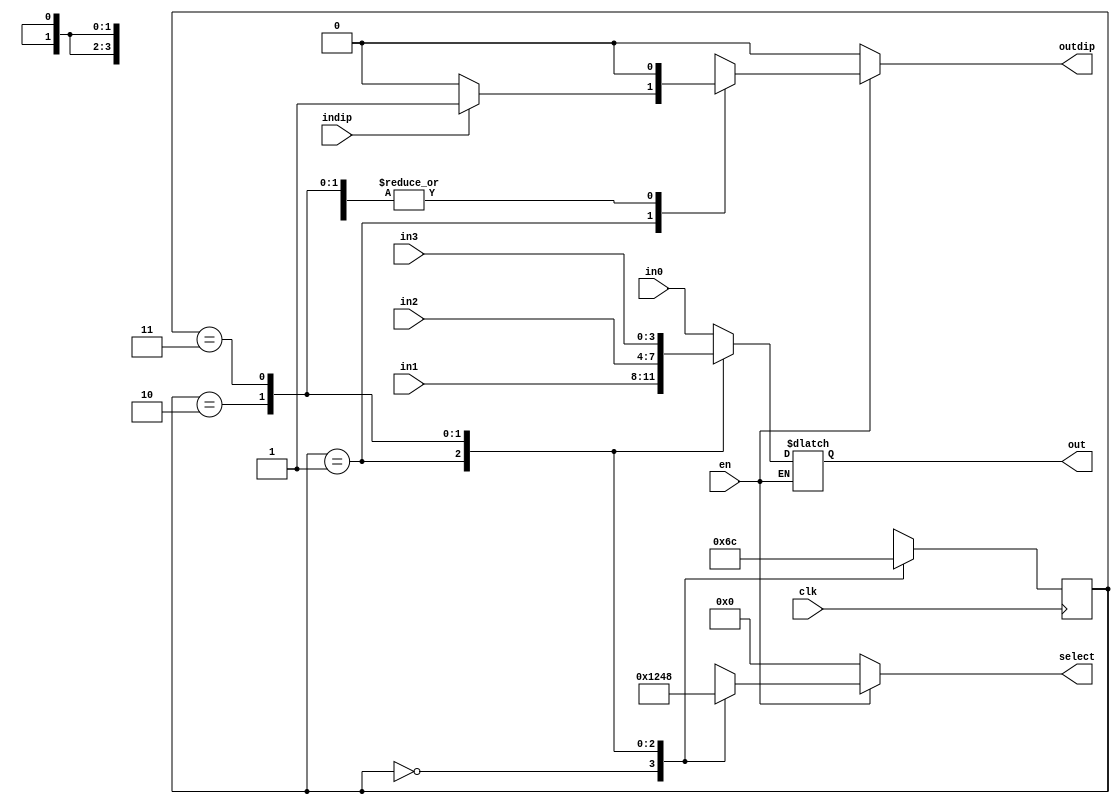
module DispScan
(
	input clk,en,
	input [3:0]in0,in1,in2,in3,
	input indip,
	output reg [3:0]select,out,
	output reg outdip
);

	// Declare state register
	reg		[1:0]state;

	// Declare states
	localparam S0 = 0, S1 = 1, S2 = 2, S3 = 3;

	// Output depends only on the state
	always @ (state or en) 
	begin
		if (en)
			begin
			case (state)
				S0:
					begin
						select <= 4'b0001;
						out[3:0] <= in0[3:0];
						outdip <= 0;
					end
				S1:
					begin
						select <= 4'b0010;
						out[3:0] <= in1[3:0];
						if(indip)
						   outdip <= 1;
						else
							outdip <= 0;
					end	
				S2:
					begin
						select <= 4'b0100;
						out[3:0] <= in2[3:0];
						outdip <= 0;
					end
				S3:
					begin
						select <= 4'b1000;
						out[3:0] <= in3[3:0];
						outdip <= 0;
					end
				default:
					{out, outdip} = 5'b00000;
			endcase
			end
		else
			{select, outdip} <= 5'b00000;
	end

	// Determine the next state
	always @ (posedge clk) begin
		case (state)
			S0:
				state <= S1;
			S1:
				state <= S2;
			S2:
				state <= S3;
			S3:
				state <= S0;
		endcase
	end
endmodule